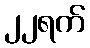
၂၂ရက်